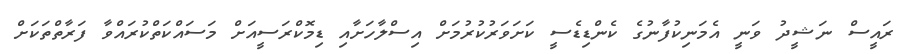
ރައީސް ނަޝީދު ވަނީ އެމަނިކުފާނުގެ ކެންޑިޑެސީ ކަށަވަރުކުރުމަށް އިސްލާހަށާއި ޑިމޮކްރަސީއަށް މަސައްކަތްކުރައްވާ ފަރާތްތަކަށް